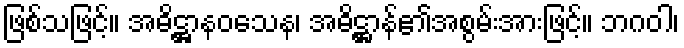
ဖြစ်သဖြင့်။ အဓိဋ္ဌာနဝသေန၊ အဓိဋ္ဌာန်၏အစွမ်းအားဖြင့်။ ဘဂဝါ၊